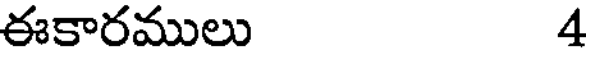
ఈకారములు 4